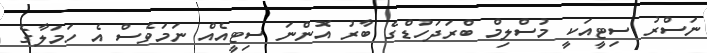
ނަސްރު ސިޓީއަކީ މުސްލިމް ބްރަދަހުޑްގެ ބާރު އޮންނަ ސިޓީއެއް ނަމަވެސް އެ ހަމަލާގެ